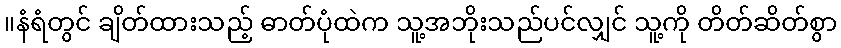
။နံရံတွင် ချိတ်ထားသည့် ဓာတ်ပုံထဲက သူ့အဘိုးသည်ပင်လျှင် သူ့ကို တိတ်ဆိတ်စွာ